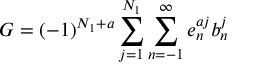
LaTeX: G = ( - 1 ) ^ { N _ { 1 } + a } \sum _ { j = 1 } ^ { N _ { 1 } } \sum _ { n = - 1 } ^ { \infty } e _ { n } ^ { a j } b _ { n } ^ { j }